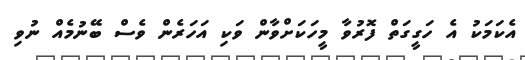
އެކަމަކު އެ ހަގީގަތް ފޮރުވާ މީހަކަށްވާން ވަކި އަހަރެން ވެސް ބޭނުމެއް ނުވި